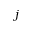
j